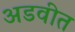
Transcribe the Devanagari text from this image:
अडवीत